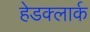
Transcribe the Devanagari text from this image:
हेडक्लार्क